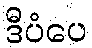
ဒီပံပေ